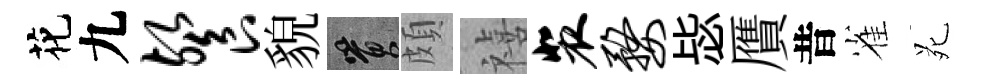
花九餐貌篔頗禧裴婺毖贋昔雀苑